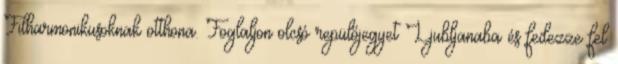
Filharmonikusoknak otthona. Foglaljon olcsó repülőjegyet Ljubljanaba és fedezze fel